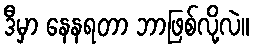
ဒီမှာ နေနရတာ ဘာဖြစ်လို့လဲ။